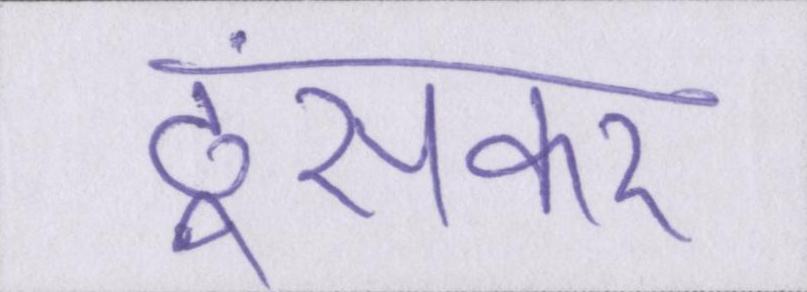
ठूंसकर